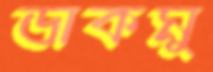
ডাকমু